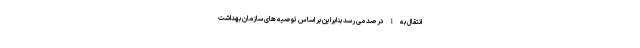
انتقال به 1 درصد می رسد بنابراین بر اساس توصیه های سازمان بهداشت